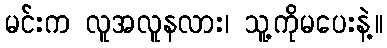
မင်းက လူအလူနလား၊ သူ့ကိုမပေးနဲ့။